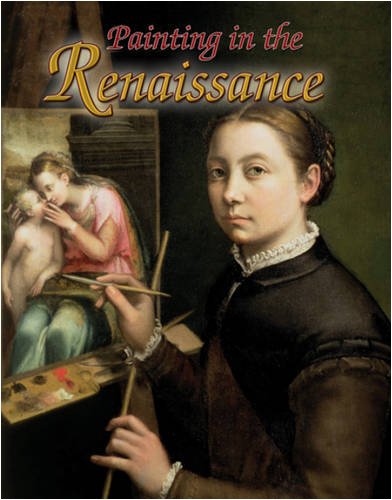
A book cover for Painting in the Renaissance (Renaissance World); Una Roman D'Elia; Children's Books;